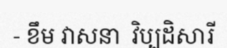
- ខឹម វាសនា  វិប្បដិសារី